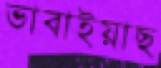
ভাবাইয়াছ